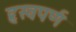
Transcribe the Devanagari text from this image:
हृस्वपर्ण